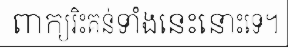
ពាក្យរិះគន់ទាំងនេះនោះទេ។